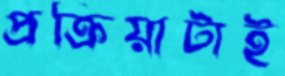
প্রক্রিয়াটাই